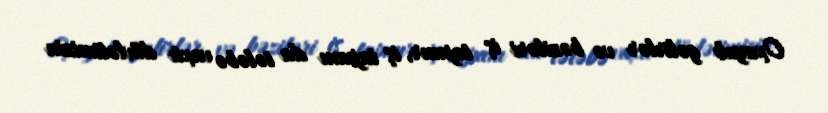
Oxuyub gəlirlər və bəziləri iş tapmır, iş tapanı da tələbə vaxtı dövlətimizin